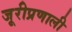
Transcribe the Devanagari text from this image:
जूरीप्रणाली